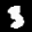
Label: 3